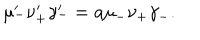
\mu _ { - } ^ { \prime } \nu _ { + } ^ { \prime } \gamma _ { - } ^ { \prime } = a \mu _ { - } \nu _ { + } \gamma _ { - } .